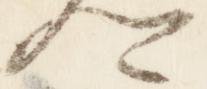
卿